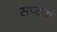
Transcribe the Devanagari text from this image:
सप्टक